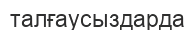
талғаусыздарда